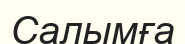
Салымға